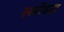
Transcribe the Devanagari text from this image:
स्लोथ्स